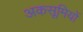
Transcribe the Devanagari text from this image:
अकसूमियों